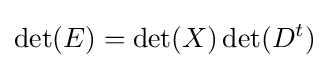
\det(E)=\det(X)\det(D^{t})